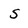
Character: S